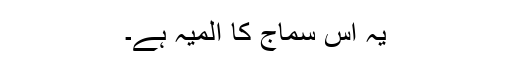
یہ اس سماج کا المیہ ہے۔